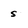
Character: s